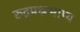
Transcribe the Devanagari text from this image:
रुद्रप्रश्नभाष्य